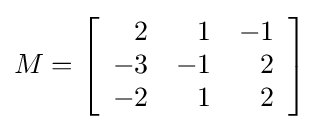
M=\left[{\begin{array}{rrr}2&1&-1\\-3&-1&2\\-2&1&2\end{array}}\right]